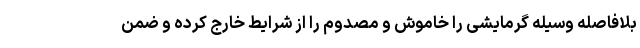
بلافاصله وسیله گرمایشی را خاموش و مصدوم را از شرایط خارج کرده و ضمن